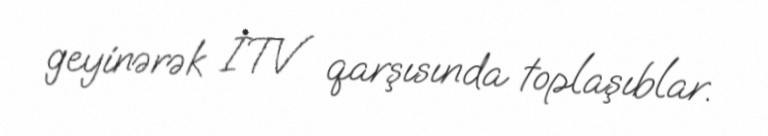
geyinərək İTV qarşısında toplaşıblar.